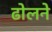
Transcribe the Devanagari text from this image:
ढोलने